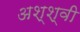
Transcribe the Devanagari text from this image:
अश्श्वी